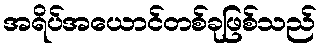
အရိပ်အယောင်တစ်ခုဖြစ်သည်